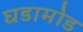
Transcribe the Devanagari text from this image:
घडामोड